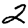
Digit: 2